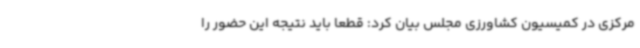
مرکزی در کمیسیون کشاورزی مجلس بیان کرد: قطعا باید نتیجه این حضور را